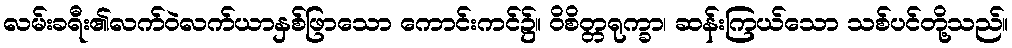
လမ်းခရီး၏လက်ဝဲလက်ယာနှစ်ဖြာသော ကောင်းကင်၌။ ဝိစိတ္တရုက္ခာ၊ ဆန်းကြယ်သော သစ်ပင်တို့သည်။